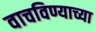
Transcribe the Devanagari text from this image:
वाचविण्याच्या